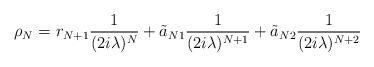
\begin{align*}\rho_N= r_{N+1}\frac{1}{(2i\lambda)^N}+\tilde a_{N1}\frac{1}{(2i\lambda)^{N+1}}+ \tilde a_{N2} \frac{1}{(2i\lambda)^{N+2}} \end{align*}